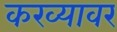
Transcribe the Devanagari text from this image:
करव्यावर